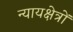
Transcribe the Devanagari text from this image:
न्यायक्षेत्रों